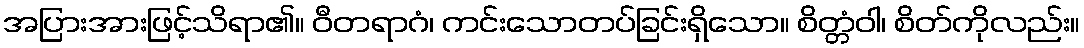
အပြားအားဖြင့်သိရာ၏။ ဝီတရာဂံ၊ ကင်းသောတပ်ခြင်းရှိသော။ စိတ္တံဝါ၊ စိတ်ကိုလည်း။